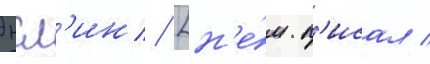
Энсл'ин [н'е́м. п'исал /